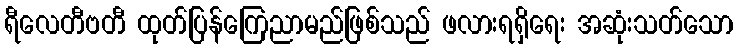
ရီလေတီဗတီ ထုတ်ပြန်ကြေညာမည်ဖြစ်သည် ဖလားရရှိရေး အဆုံးသတ်သော